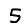
Digit: 5